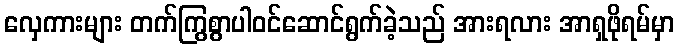
လှေကားများ တက်ကြွစွာပါဝင်ဆောင်ရွက်ခဲ့သည် အားရလား အာရှဖိုရမ်မှာ